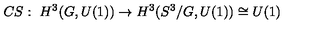
C S : \ H ^ { 3 } ( G , U ( 1 ) ) \to H ^ { 3 } ( S ^ { 3 } / G , U ( 1 ) ) \cong U ( 1 )